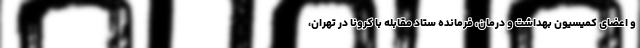
و اعضای کمیسیون بهداشت و درمان، فرمانده ستاد مقابله با کرونا در تهران،